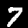
Digit: 7